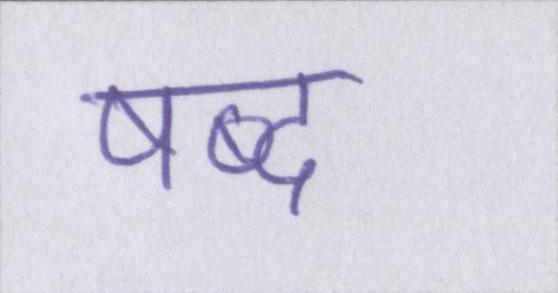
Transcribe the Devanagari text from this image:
षब्द